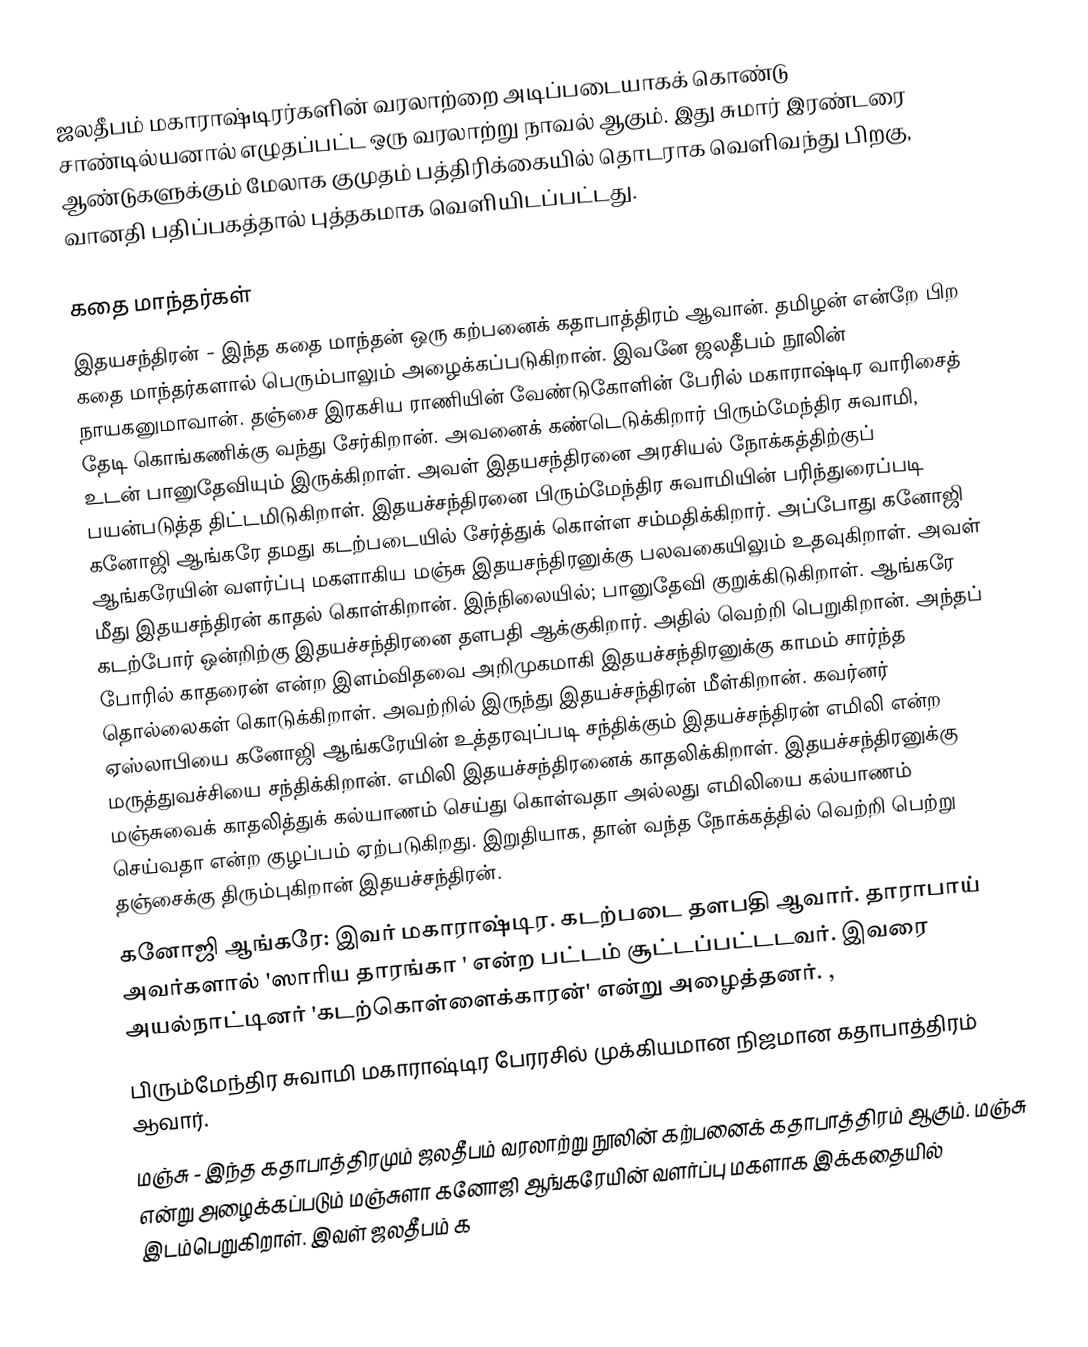
ஜலதீபம் மகாராஷ்டிரர்களின் வரலாற்றை  அடிப்படையாகக் கொண்டு சாண்டில்யனால் எழுதப்பட்ட ஒரு வரலாற்று நாவல் ஆகும். இது சுமார் இரண்டரை ஆண்டுகளுக்கும் மேலாக குமுதம் பத்திரிக்கையில் தொடராக வெளிவந்து பிறகு,  வானதி பதிப்பகத்தால் புத்தகமாக வெளியிடப்பட்டது.

கதை மாந்தர்கள்
 இதயசந்திரன் - இந்த கதை மாந்தன் ஒரு கற்பனைக்  கதாபாத்திரம் ஆவான். தமிழன் என்றே பிற கதை மாந்தர்களால் பெரும்பாலும் அழைக்கப்படுகிறான். இவனே ஜலதீபம் நூலின் நாயகனுமாவான். தஞ்சை இரகசிய ராணியின் வேண்டுகோளின் பேரில் மகாராஷ்டிர வாரிசைத் தேடி கொங்கணிக்கு வந்து சேர்கிறான். அவனைக் கண்டெடுக்கிறார் பிரும்மேந்திர சுவாமி, உடன் பானுதேவியும் இருக்கிறாள். அவள் இதயசந்திரனை அரசியல் நோக்கத்திற்குப் பயன்படுத்த திட்டமிடுகிறாள். இதயச்சந்திரனை பிரும்மேந்திர சுவாமியின் பரிந்துரைப்படி கனோஜி ஆங்கரே தமது கடற்படையில் சேர்த்துக் கொள்ள சம்மதிக்கிறார். அப்போது கனோஜி ஆங்கரேயின் வளர்ப்பு மகளாகிய மஞ்சு இதயசந்திரனுக்கு பலவகையிலும் உதவுகிறாள். அவள் மீது இதயசந்திரன் காதல் கொள்கிறான். இந்நிலையில்; பானுதேவி குறுக்கிடுகிறாள். ஆங்கரே கடற்போர் ஒன்றிற்கு இதயச்சந்திரனை தளபதி ஆக்குகிறார். அதில் வெற்றி பெறுகிறான். அந்தப் போரில் காதரைன் என்ற இளம்விதவை அறிமுகமாகி இதயச்சந்திரனுக்கு காமம் சார்ந்த தொல்லைகள் கொடுக்கிறாள். அவற்றில் இருந்து இதயச்சந்திரன் மீள்கிறான். கவர்னர் ஏஸ்லாபியை கனோஜி ஆங்கரேயின் உத்தரவுப்படி சந்திக்கும் இதயச்சந்திரன் எமிலி என்ற மருத்துவச்சியை சந்திக்கிறான். எமிலி இதயச்சந்திரனைக் காதலிக்கிறாள். இதயச்சந்திரனுக்கு மஞ்சுவைக் காதலித்துக் கல்யாணம்  செய்து கொள்வதா அல்லது எமிலியை கல்யாணம் செய்வதா என்ற குழப்பம் ஏற்படுகிறது. இறுதியாக, தான் வந்த நோக்கத்தில் வெற்றி பெற்று தஞ்சைக்கு திரும்புகிறான் இதயச்சந்திரன்.
 கனோஜி ஆங்கரே:  இவர் மகாராஷ்டிர. கடற்படை  தளபதி  ஆவார். தாராபாய்  அவர்களால்  'ஸாரிய தாரங்கா ' என்ற பட்டம்  சூட்டப்பட்டடவர். இவரை  அயல்நாட்டினர்  'கடற்கொள்ளைக்காரன்'  என்று அழைத்தனர். ,
 பிரும்மேந்திர சுவாமி மகாராஷ்டிர பேரரசில் முக்கியமான நிஜமான கதாபாத்திரம் ஆவார்.
 மஞ்சு - இந்த கதாபாத்திரமும் ஜலதீபம் வரலாற்று நூலின் கற்பனைக் கதாபாத்திரம் ஆகும். மஞ்சு என்று அழைக்கப்படும் மஞ்சுளா கனோஜி ஆங்கரேயின் வளர்ப்பு மகளாக இக்கதையில் இடம்பெறுகிறாள். இவள் ஜலதீபம் க